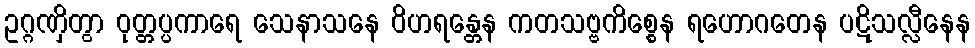
ဥဂ္ဂဏှိတွာ ဝုတ္တပ္ပကာရေ သေနာသနေ ဝိဟရန္တေန ကတသဗ္ဗကိစ္စေန ရဟောဂတေန ပဋိသလ္လီနေန